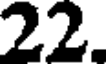
22.